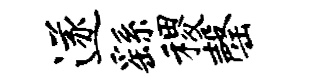
遂繇稷罄